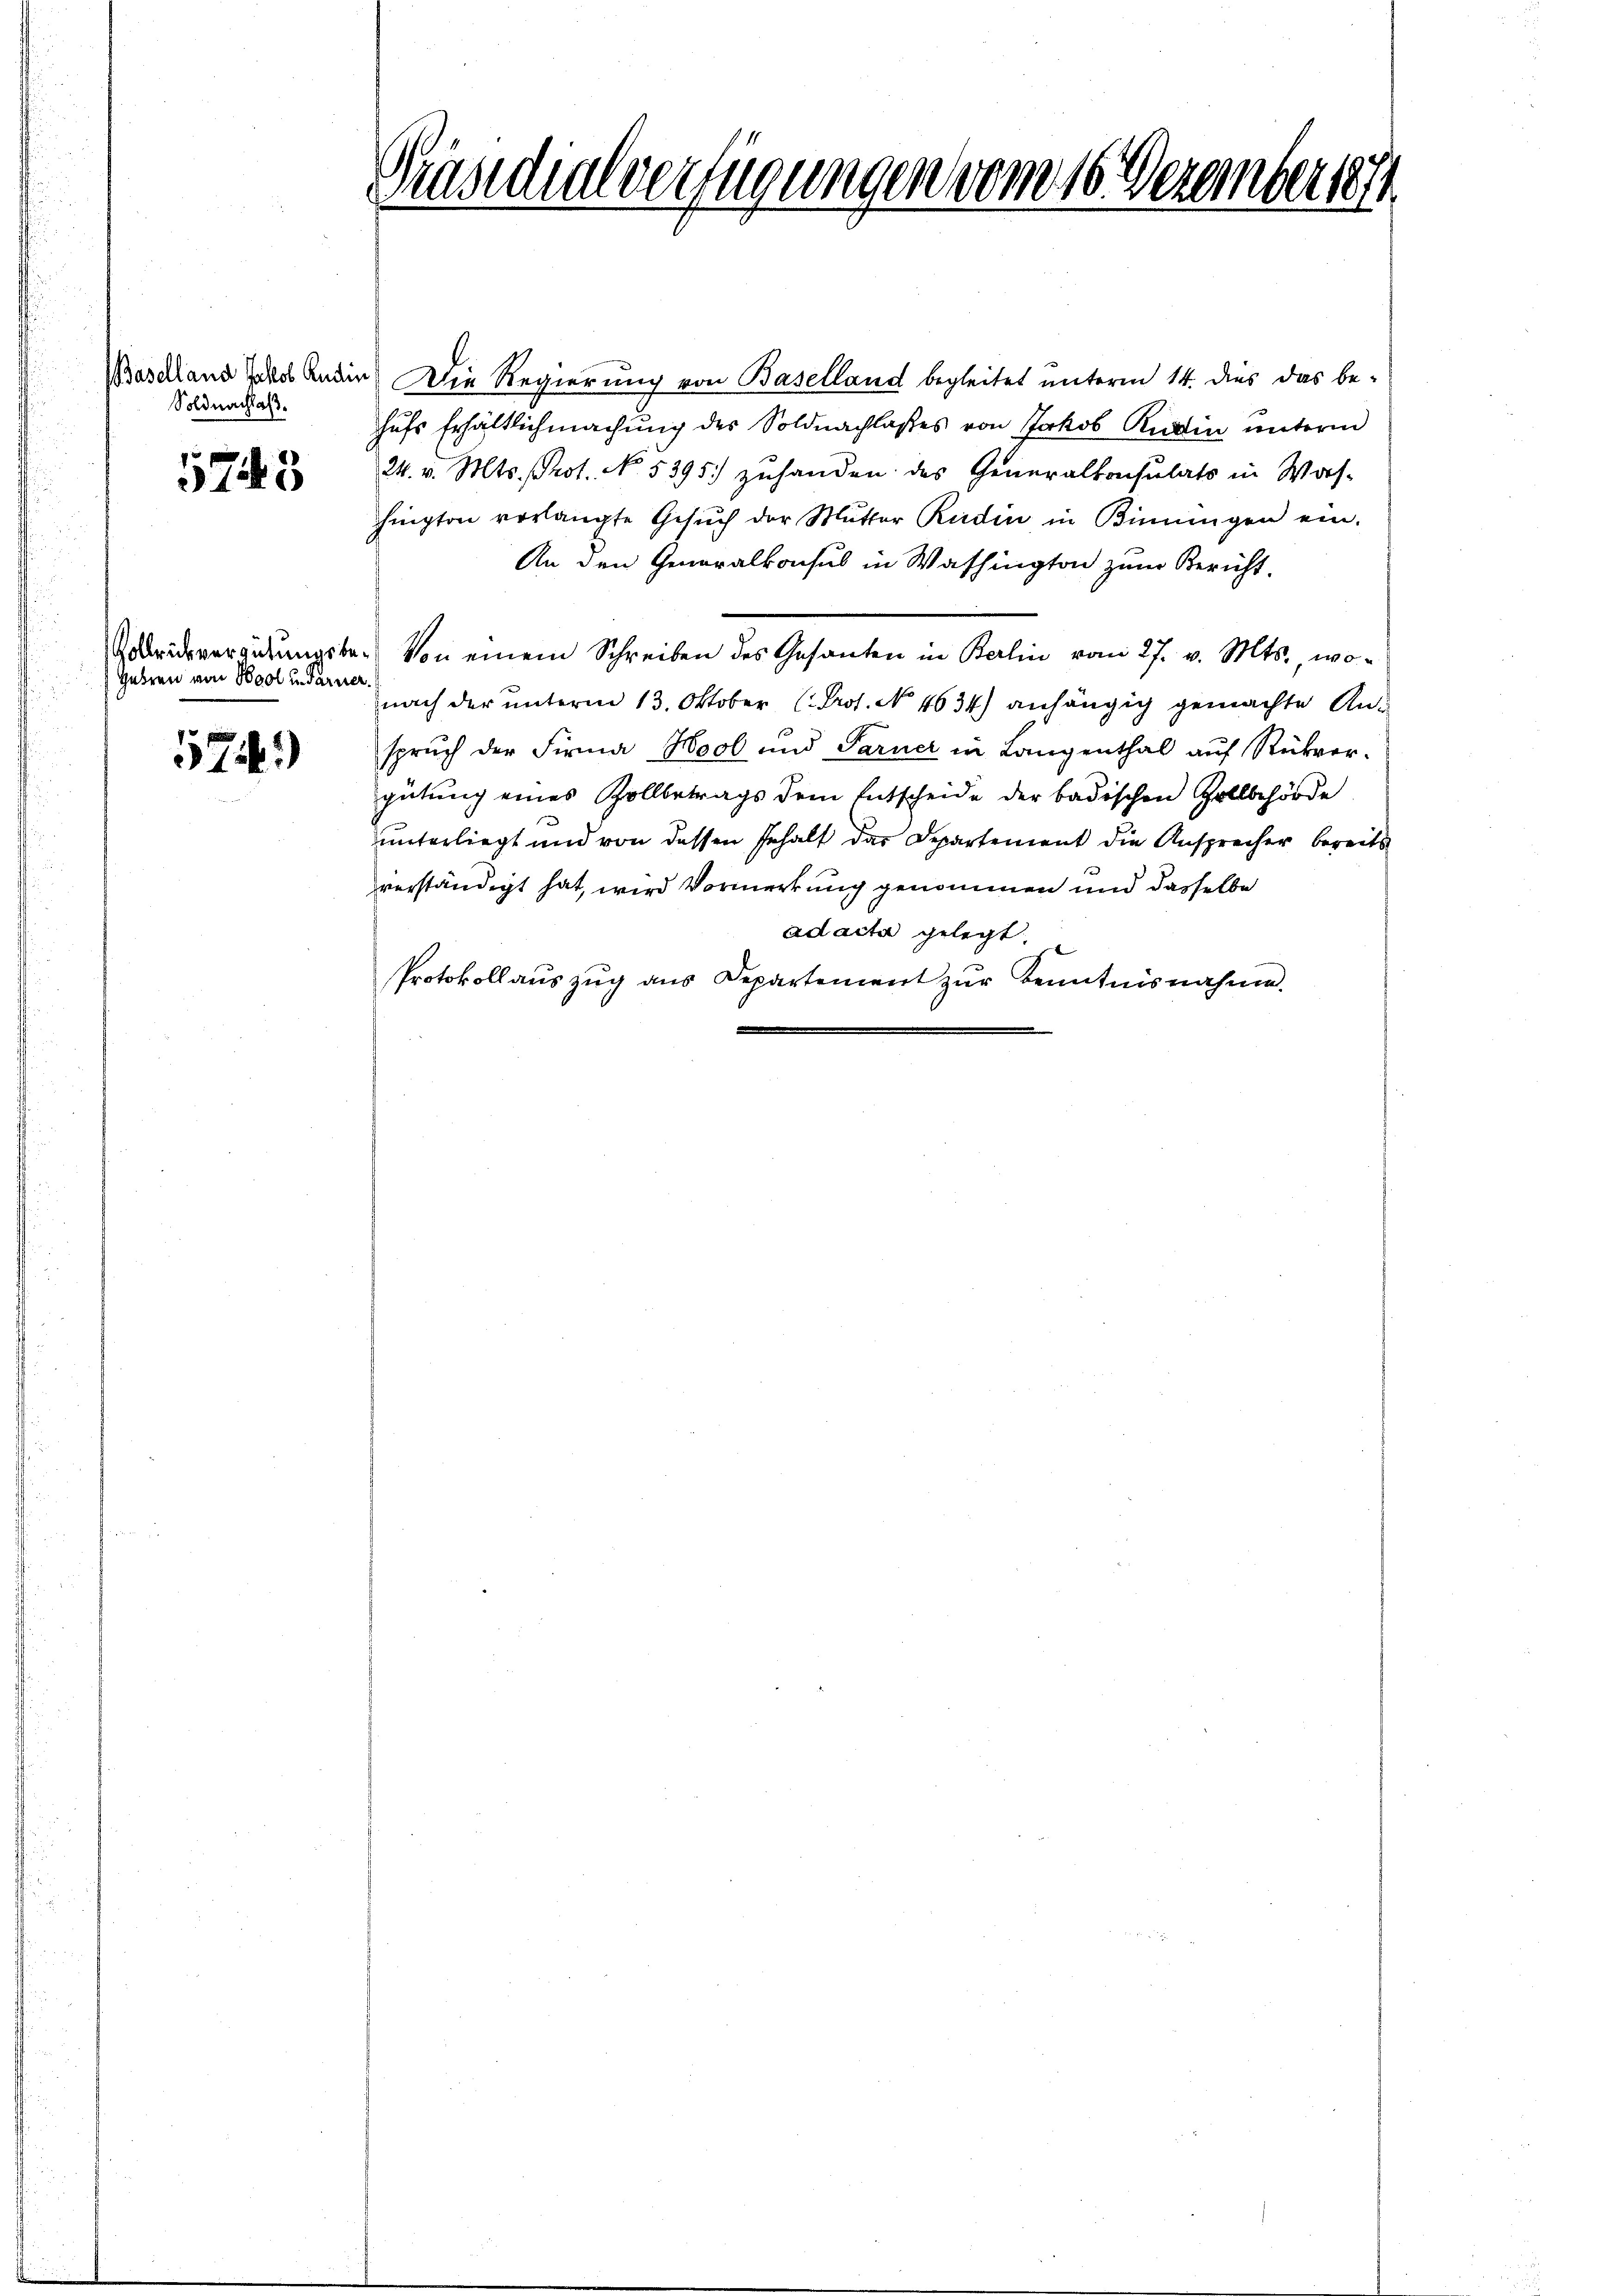
Soldnachlaß.

5743

ollrükvergütungsbe¬
Gehren von Wool in Sarner

574.)

Präsidialverfügungen vom 16. Dezember 1874

Baschland Jakob Anden Die Regierung von Baselland begleitet unterm 14. dies das be-
hufs Erhältlichmachung des Soldnachlaßes von Jakob Rudin unterm
24. v. Mts. Prot. No. 5395. zuhanden des Generalkonsulats in Was-
hington verlangte Gesŭch der Mŭtter Rudin in Binningen ein.
An den Generalkonsuls in Washington zum Bericht.
Von einem Schreiben des Gesanten in Berlin vom 27. v. Mts., wonach der unterm 13. Oktober (Prof. No. 4634) anhängig gemachte Anspruch der Firma Hool und Sarner in Langenthal aŭf Rückver-
gütung eines Zollbetrags dem Entscheide der badischen Zollbehörde
unterliegt und von dessen Gehalt das Departement die Ansprecher bereits
verständigt hat, wird Vormerkung genommen und dasselbe
ad acta gelegt.
Protokollauszug aus Departement zur Kenntnisnahme.